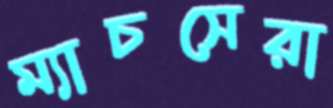
ম্যাচসেরা